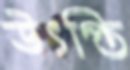
উৎপ্তি